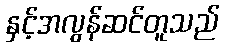
နှင့်အလွန်ဆင်တူသည်